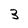
Character: 3